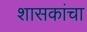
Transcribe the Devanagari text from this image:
शासकांचा